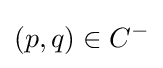
(p,q)\in C^{-}